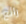
رائع